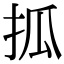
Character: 㧓